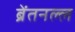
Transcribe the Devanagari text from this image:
ब्रेंतनल्ल